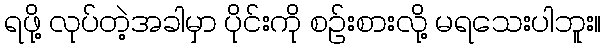
ရဖို့ လုပ်တဲ့အခါမှာ ပိုင်းကို စဉ်းစားလို့ မရသေးပါဘူး။